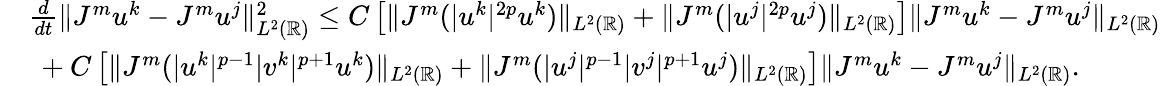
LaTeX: \begin{array}{rl}&{\frac{d}{dt}\| J^{m}u^{k}-J^{m}u^{j}\| _{L^{2}(\mathbb{R})}^{2}\leq C\left[\| J^{m}(|u^{k}|^{2p}u^{k})\| _{L^{2}(\mathbb{R})}+\| J^{m}(|u^{j}|^{2p}u^{j})\| _{L^{2}(\mathbb{R})}\right]\| J^{m}u^{k}-J^{m}u^{j}\| _{L^{2}(\mathbb{R})}}\\ &{\ +C\left[\| J^{m}(|u^{k}|^{p-1}|v^{k}|^{p+1}u^{k})\| _{L^{2}(\mathbb{R})}+\| J^{m}(|u^{j}|^{p-1}|v^{j}|^{p+1}u^{j})\| _{L^{2}(\mathbb{R})}\right]\| J^{m}u^{k}-J^{m}u^{j}\| _{L^{2}(\mathbb{R})}.}\end{array}